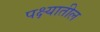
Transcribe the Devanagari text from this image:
पक्ष्यातील